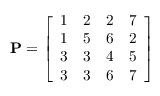
\mathbf { P } = { \left[ \begin{array} { l l l l } { 1 } & { 2 } & { 2 } & { 7 } \\ { 1 } & { 5 } & { 6 } & { 2 } \\ { 3 } & { 3 } & { 4 } & { 5 } \\ { 3 } & { 3 } & { 6 } & { 7 } \end{array} \right] }